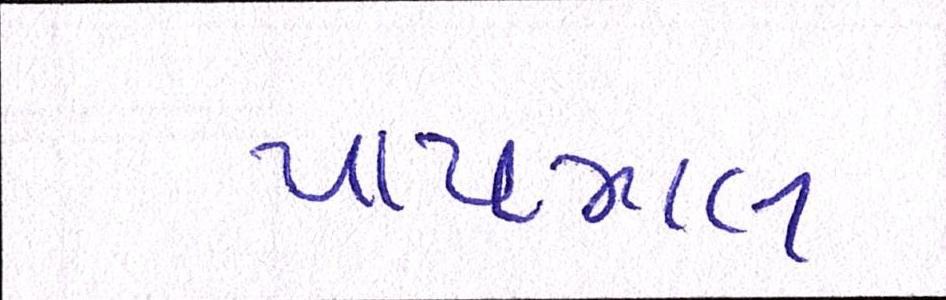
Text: પાયમાલ